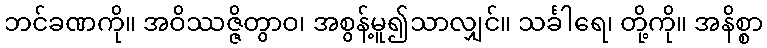
ဘင်ခဏကို။ အဝိဿဇ္ဇိတွာဝ၊ အစွန့်မူ၍သာလျှင်။ သင်္ခါရေ၊ တို့ကို။ အနိစ္စာ